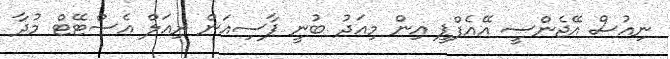
ނިއުސް އޭޖެންސީ އޭއެފްޕީ އިން މިއަދު ބުނީ ޕާސިއަން ރިއަލް އެސްޓޭޓް މުދާ